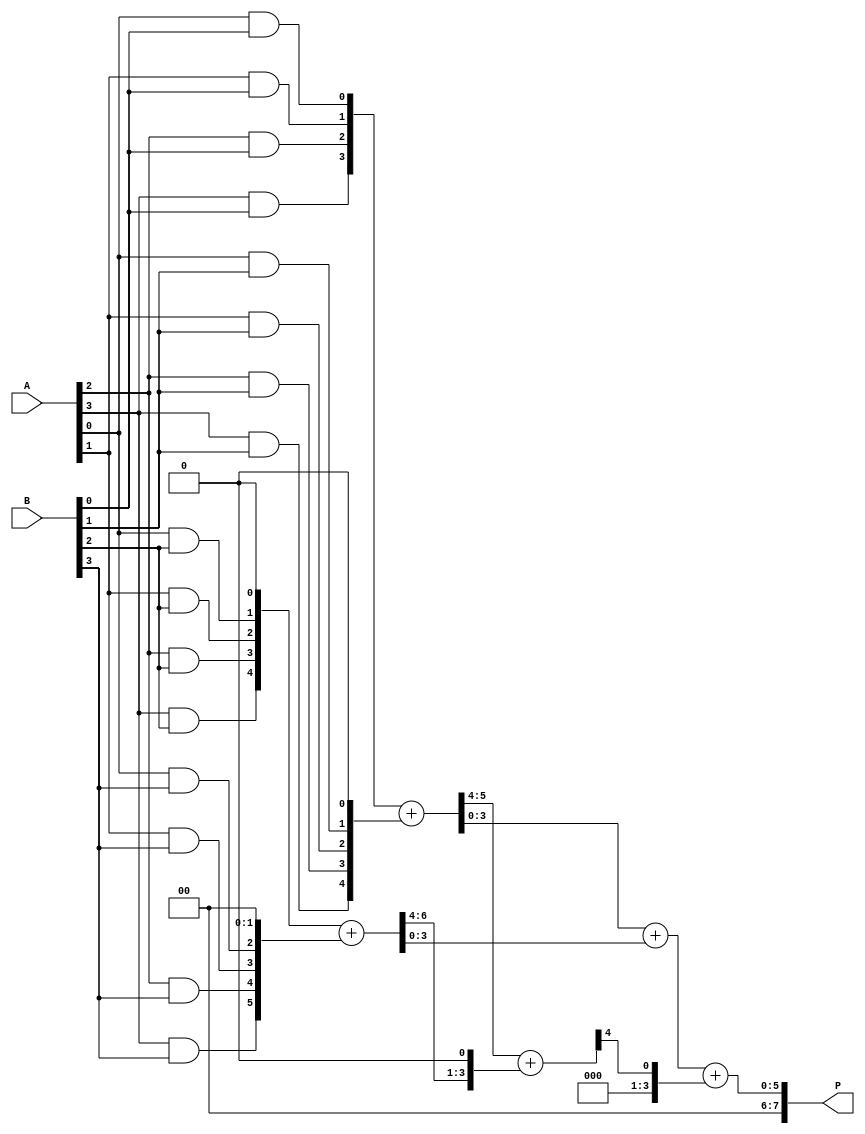
module dadda_multiplier (
    input [3:0] A, // 4-bit multiplicand
    input [3:0] B, // 4-bit multiplier
    output reg [7:0] P // 8-bit product
);

// Intermediate signals for partial products
wire [3:0] pp[3:0]; // Partial products
wire [7:0] sum_stage1[2:0]; // Sums after the first reduction stage
wire [7:0] sum_stage2; // Final sum

// Generate partial products
generate
    genvar i, j;
    for (i = 0; i < 4; i = i + 1) begin : partial_product_gen
        for (j = 0; j < 4; j = j + 1) begin : pp_gen
            assign pp[i][j] = A[j] & B[i]; // AND operation for partial products
        end
    end
endgenerate

// Stage 1: Reduce partial products
// Grouping into sets of 3 and adding
assign sum_stage1[0] = {4'b0, pp[0]} + {3'b0, pp[1], 1'b0}; // Add pp[0] and pp[1]
assign sum_stage1[1] = {3'b0, pp[2], 1'b0} + {2'b0, pp[3], 2'b0}; // Add pp[2] and pp[3]
assign sum_stage1[2] = {4'b0, sum_stage1[0][7:4]} + {3'b0, sum_stage1[1][7:4], 1'b0}; // Add carry

// Stage 2: Final addition of remaining sums
assign sum_stage2 = sum_stage1[0][3:0] + sum_stage1[1][3:0] + sum_stage1[2][7:4];

// Output the final product
always @(*) begin
    P = sum_stage2; // Assign the final product
end

endmodule